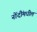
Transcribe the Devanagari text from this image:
नोंदींमधील